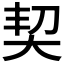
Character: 契